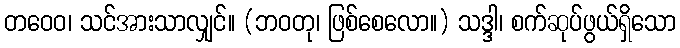
တဝေဝ၊ သင်အားသာလျှင်။ (ဘဝတု၊ ဖြစ်စေလော။) သဒ္ဒါ၊ စက်ဆုပ်ဖွယ်ရှိသော